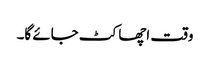
وقت اچھا کٹ جائے گا۔